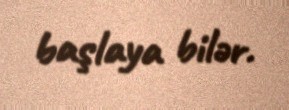
başlaya bilər.